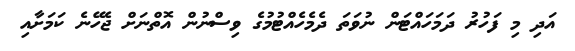
އަދި މި ފަހުރު ދަމަހައްޓަން ނުވަތަ ދެމެހެއްޓުމުގެ ވިސްނުން އޮތްނަށް ޖެހޭނެ ކަމަށާއި